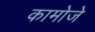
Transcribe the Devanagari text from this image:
कामोजे